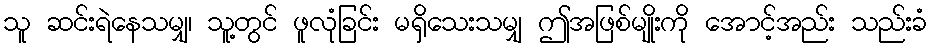
သူ ဆင်းရဲနေသမျှ၊ သူ့တွင် ဖူလုံခြင်း မရှိသေးသမျှ ဤအဖြစ်မျိုးကို အောင့်အည်း သည်းခံ